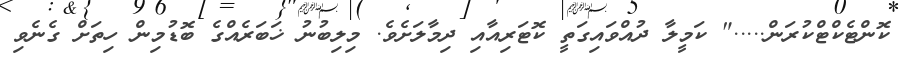
ކޮންޓެކްޓްކުރަން....." ކަމީލާ ދުއްވައިގަތީ ކޮޓަރިއާއި ދިމާލަށެވެ. މިލިބުނު ޚަބަރެއްގެ ބޮޑުމިން ހިތަށް ގެނެވި